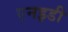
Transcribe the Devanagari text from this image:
एनइडी